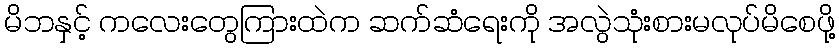
မိဘနှင့် ကလေးတွေကြားထဲက ဆက်ဆံရေးကို အလွဲသုံးစားမလုပ်မိစေဖို့